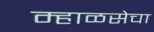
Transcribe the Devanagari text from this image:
म्हाळसेचा